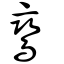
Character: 鸞